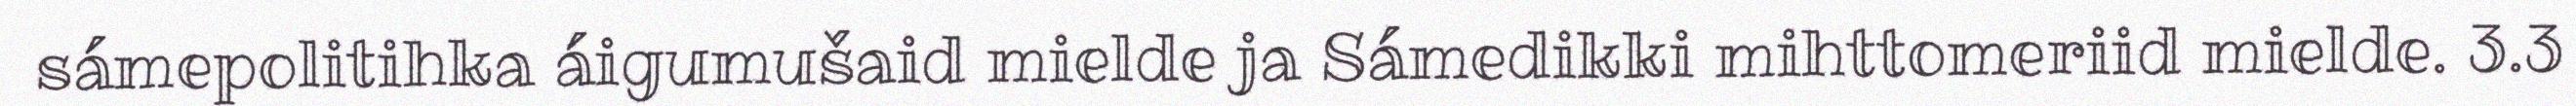
sámepolitihka áigumušaid mielde ja Sámedikki mihttomeriid mielde. 3.3